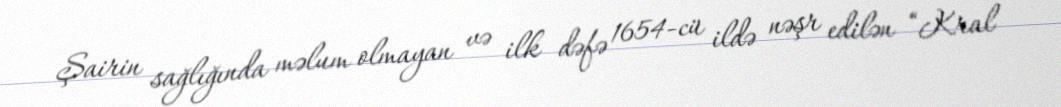
Şairin sağlığında məlum olmayan və ilk dəfə 1654-cü ildə nəşr edilən “Kral